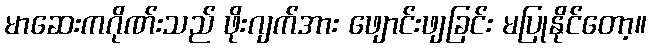
မာဆေးကဂိုဏ်းသည် ဖိုးဂျက်အား ဖျောင်းဖျခြင်း မပြုနိုင်တော့။